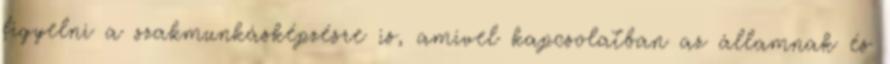
figyelni a szakmunkásképzésre is, amivel kapcsolatban az államnak és